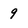
Character: 9